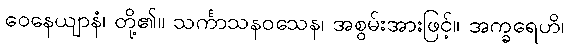
ဝေနေယျာနံ၊ တို့၏။ သင်္ကာသနဝသေန၊ အစွမ်းအားဖြင့်။ အက္ခရေဟိ၊